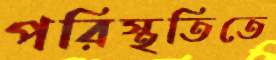
পরিস্থতিতে